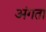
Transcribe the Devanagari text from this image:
अंगता